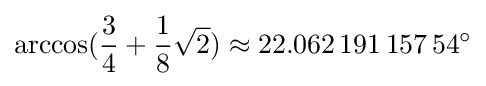
\arccos({\frac {3}{4}}+{\frac {1}{8}}{\sqrt {2}})\approx 22.062\,191\,157\,54^{\circ }